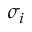
\sigma _ { i }